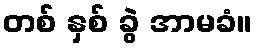
တစ် နှစ် ခွဲ အာမခံ။